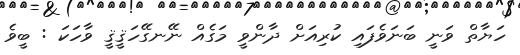
ހަޔާތް ވަނީ ބަނަވެފައި ކުރިއަށް ދާންވީ މަގެއް ނޭނގޭހަޤީޤީ ވާހަކަ : ބީވެ